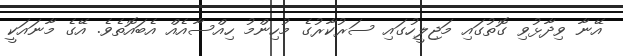
އޭނާ ވިދާޅުވި ގޮތުގައި މަޖިލީހުގައި ސަރުކާރުގެ މުހިންމު ހިއްސާއެއް އެބައޮތެވެ. އޭގެ މާނައަކީ